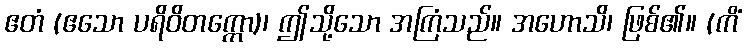
ဧတံ (ဧသော ပရိဝိတက္ကော)၊ ဤသို့သော အကြံသည်။ အဟောသိ၊ ဖြစ်၏။ (ကိံ